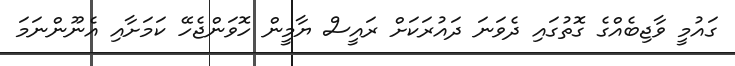
ގައުމީ ވާޖިބެއްގެ ގޮތުގައި ދެވަނަ ދައުރަކަށް ރައީސް ޔާމީން ހޮވަންޖެހޭ ކަމަށާއި އެނޫންނަމަ